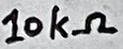
Text: 10kΩ